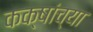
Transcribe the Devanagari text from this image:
कक्षांच्या